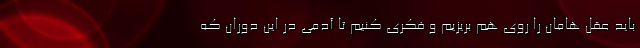
باید عقل هامان را روی هم بریزیم و فکری کنیم تا آدمی در این دوران که